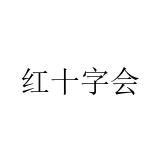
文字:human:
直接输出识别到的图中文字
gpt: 红十字会